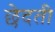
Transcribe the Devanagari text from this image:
छेदती